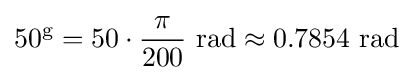
50^{\text{g}}=50\cdot {\frac {\pi }{200}}{\text{ rad}}\approx 0.7854{\text{ rad}}